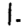
Digit: 1